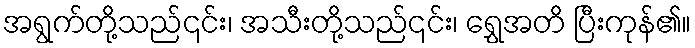
အရွက်တို့သည်၎င်း၊ အသီးတို့သည်၎င်း၊ ရွှေအတိ ပြီးကုန်၏။